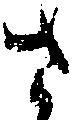
さ